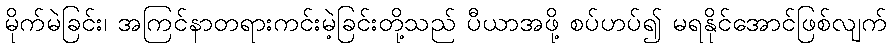
မိုက်မဲခြင်း၊ အကြင်နာတရားကင်းမဲ့ခြင်းတို့သည် ပီယာအဖို့ စပ်ဟပ်၍ မရနိုင်အောင်ဖြစ်လျက်